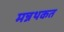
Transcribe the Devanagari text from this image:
मन्नथकत